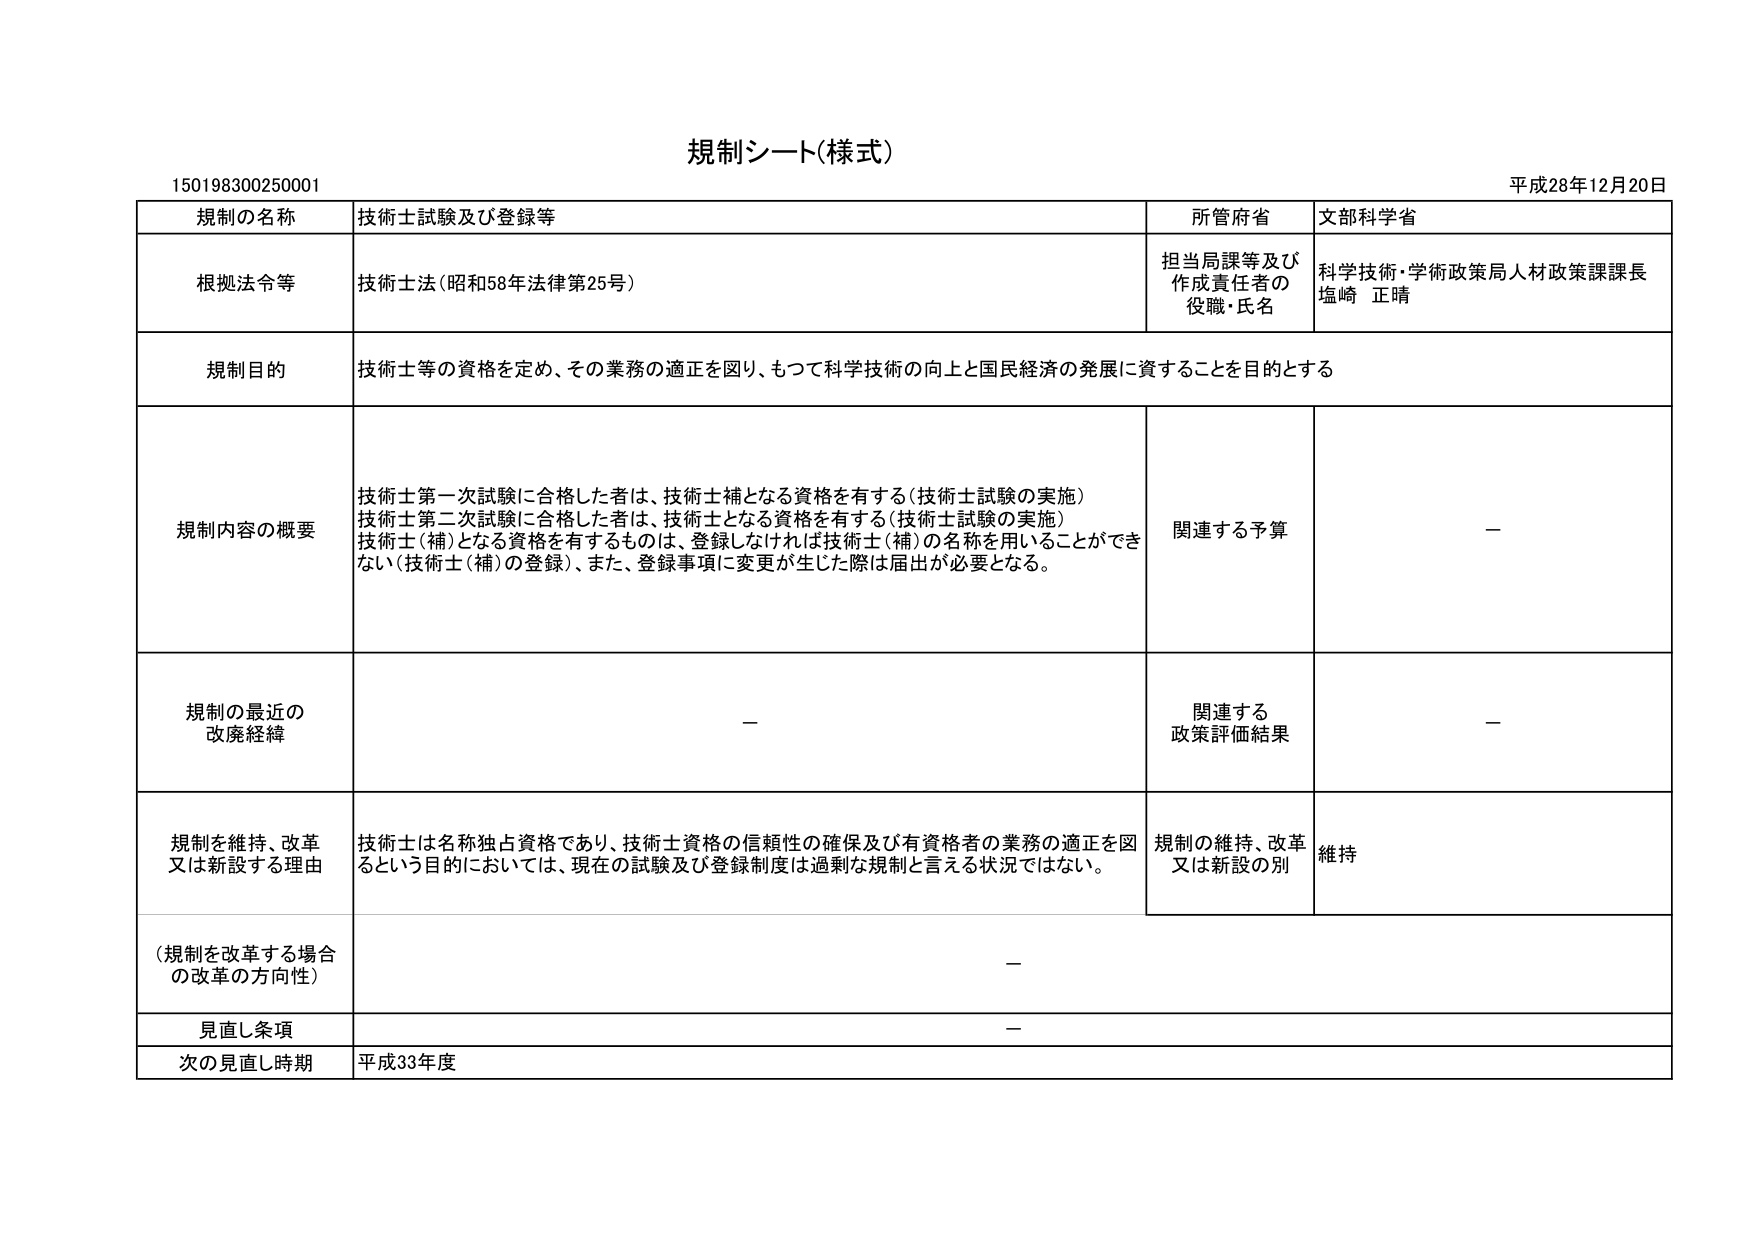
規制シート（様式）

150198300250001

平成28年12月20日

規制の名称　技術士試験及び登録等

所管府省　文部科学省

根拠法令等　技術士法（昭和58年法律第25号）

担当局課等及び作成責任者の役職・氏名　科学技術・学術政策局人材政策課課長 塩崎 正晴

規制目的　技術士等の資格を定め、その業務の適正を図り、もって科学技術の向上と国民経済の発展に資することを目的とする

規制内容の概要　技術士第一次試験に合格した者は、技術士補となる資格を有する（技術士試験の実施）
技術士第二次試験に合格した者は、技術士となる資格を有する（技術士試験の実施）
技術士（補）となる資格を有するものは、登録しなければ技術士（補）の名称を用いることができない（技術士（補）の登録）、また、登録事項に変更が生じた際は届出が必要となる。

関連する予算　－

規制の最近の改廃経緯　－

関連する政策評価結果　－

規制を維持、改革又は新設する理由　技術士は名称独占資格であり、技術士資格の信頼性の確保及び有資格者の業務の適正を図るという目的においては、現在の試験及び登録制度は過剰な規制と言える状況ではない。

規制の維持、改革又は新設の別　維持

（規制を改革する場合の改革の方向性）　－

見直し条項　－

次の見直し時期　平成33年度